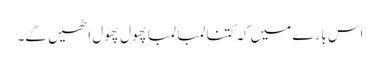
اس بارے میں کہ کتنا لمبا لمبا پھول پھول اٹھیں گے۔